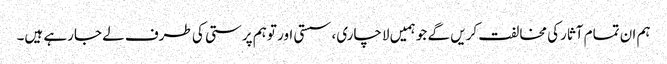
ہم ان تمام آثارکی مخالفت کریں گے جو ہمیں لاچاری، سستی اور توہم پرستی کی طرف لے جارہے ہیں۔